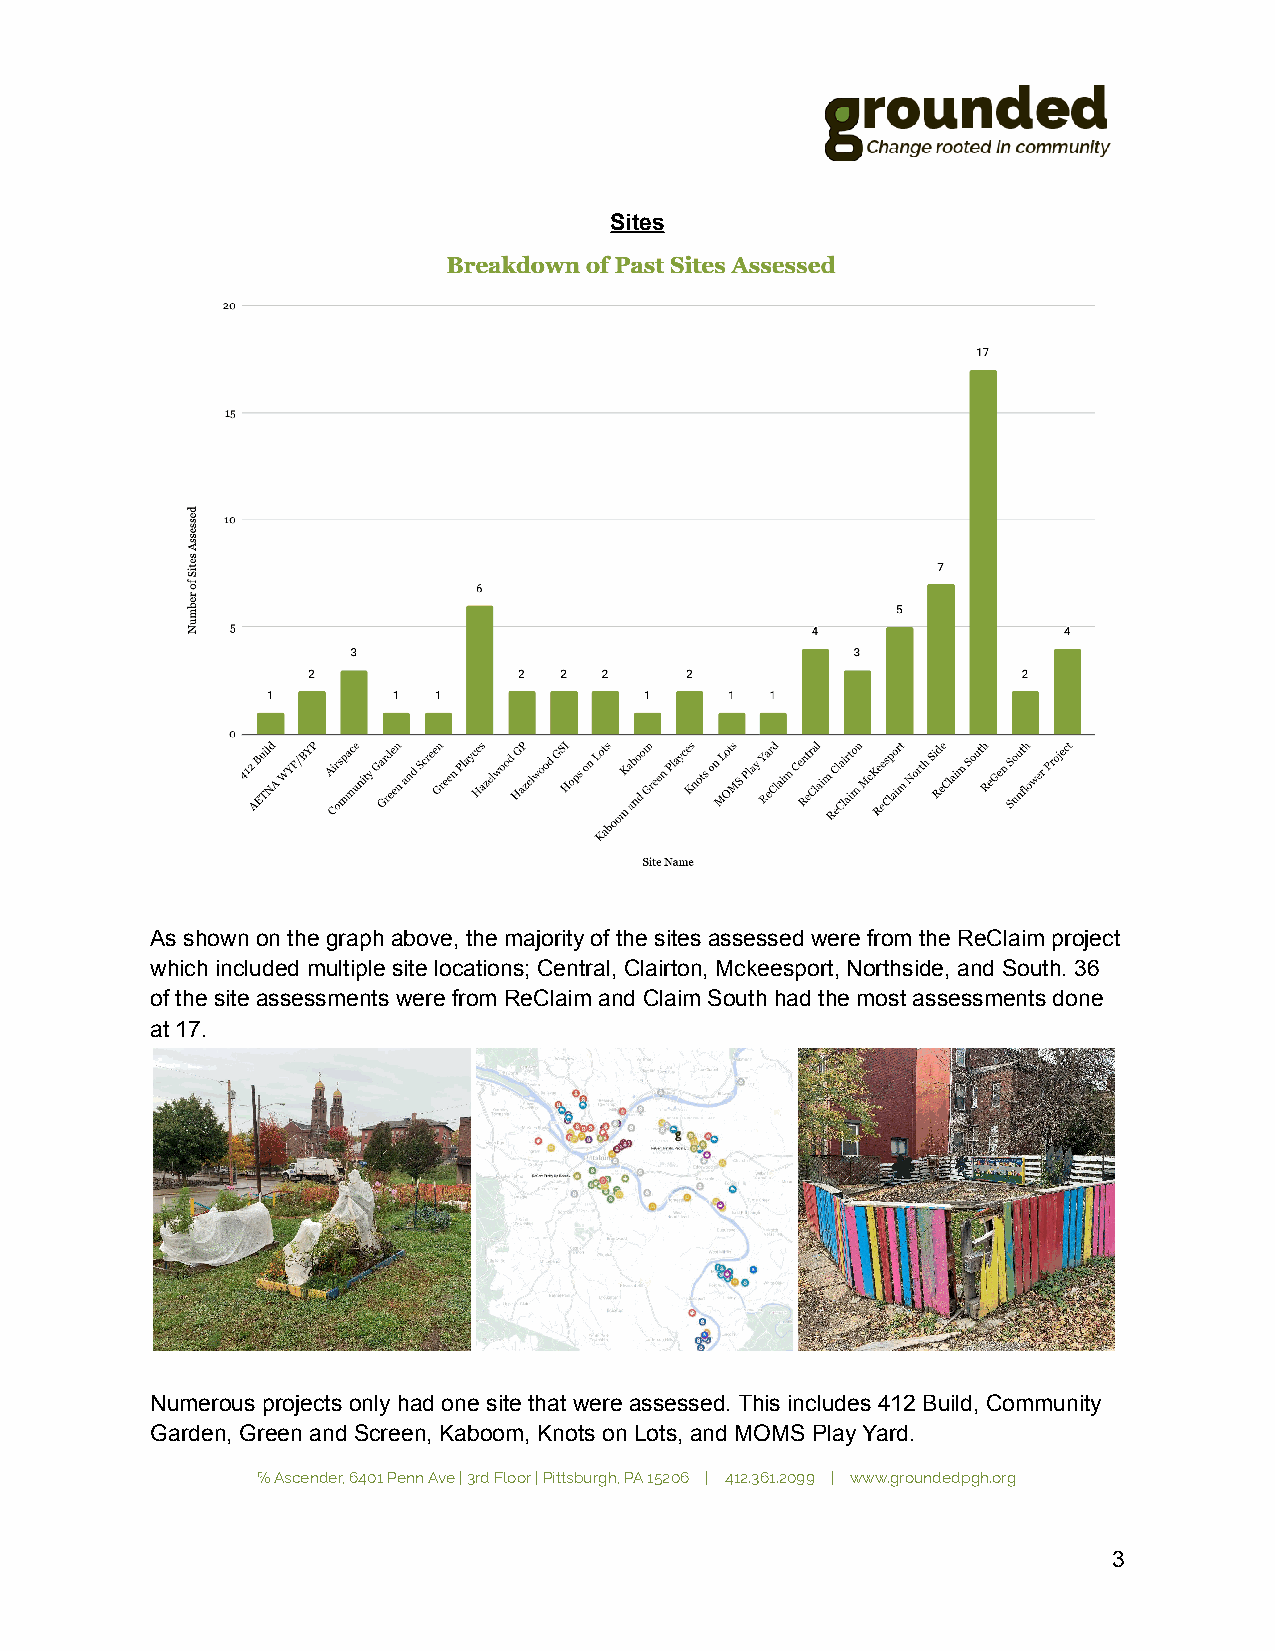
Sites
 As shown on the graph above, the majority of the sites assessed were from the ReClaim project
 which included multiple site locations; Central, Clairton, Mckeesport, Northside, and South. 36
 of the site assessments were from ReClaim and Claim South had the most assessments done
 at 17.
 Numerous projects only had one site that were assessed. This includes 412 Build, Community
 Garden, Green and Screen, Kaboom, Knots on Lots, and MOMS Play Yard.
 ℅ Ascender, 6401 Penn Ave | 3rd Floor | Pittsburgh, PA 15206 | 412.361.2099 | www.groundedpgh.org
 3